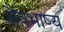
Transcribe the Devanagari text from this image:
शैवभाष्य